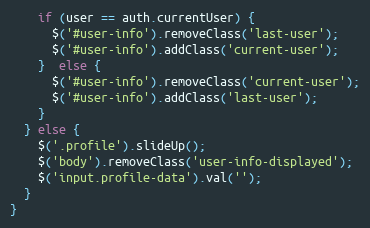
Language: JavaScript
    if (user == auth.currentUser) {
      $('#user-info').removeClass('last-user');
      $('#user-info').addClass('current-user');
    }  else {
      $('#user-info').removeClass('current-user');
      $('#user-info').addClass('last-user');
    }
  } else {
    $('.profile').slideUp();
    $('body').removeClass('user-info-displayed');
    $('input.profile-data').val('');
  }
}